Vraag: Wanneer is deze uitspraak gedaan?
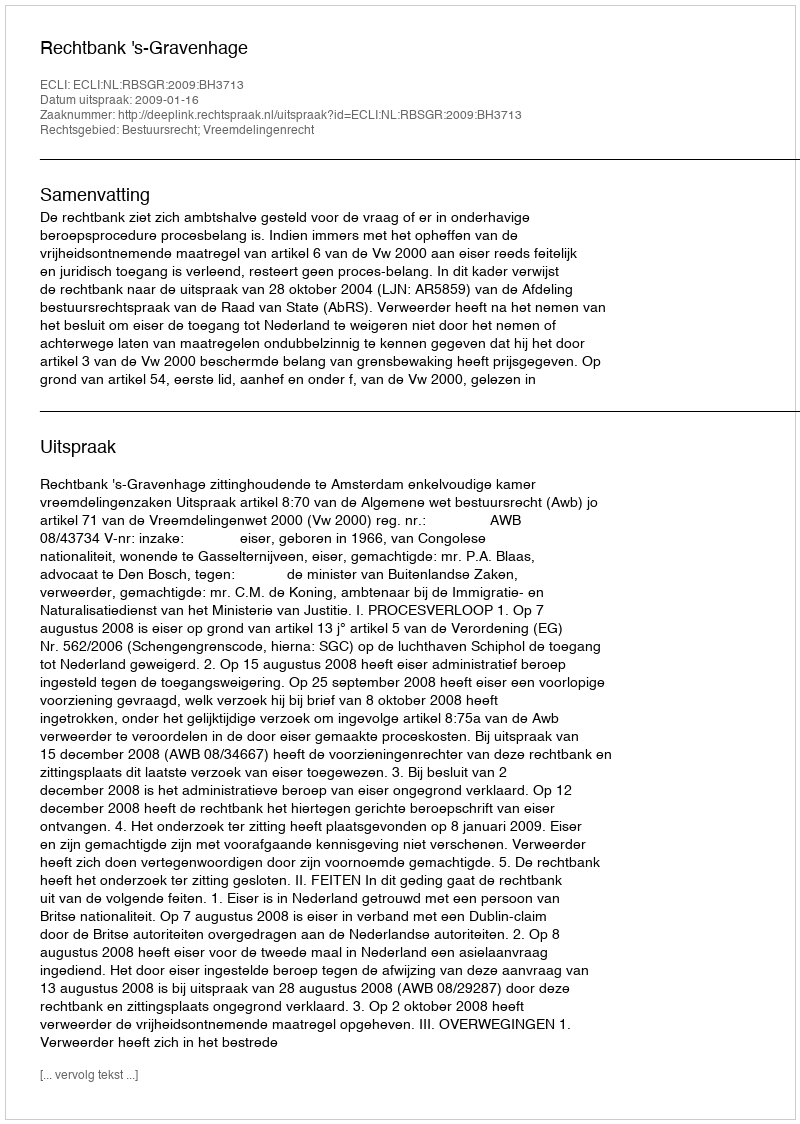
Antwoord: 2009-01-16